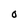
Character: O